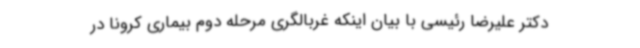
دکتر علیرضا رئیسی با بیان اینکه غربالگری مرحله دوم بیماری کرونا در